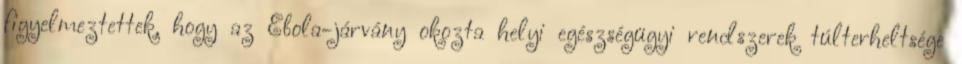
figyelmeztettek, hogy az Ebola-járvány okozta helyi egészségügyi rendszerek túlterheltsége